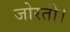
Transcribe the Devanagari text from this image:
जोरती।